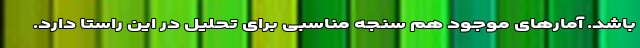
باشد. آمارهای موجود هم سنجه مناسبی برای تحلیل در این راستا دارد.